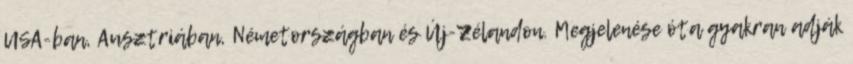
USA-ban, Ausztriában, Németországban és Új-Zélandon. Megjelenése óta gyakran adják